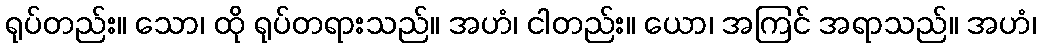
ရုပ်တည်း။ သော၊ ထို ရုပ်တရားသည်။ အဟံ၊ ငါတည်း။ ယော၊ အကြင် အရာသည်။ အဟံ၊